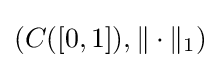
\left(C([0,1]),\|\cdot \|_{1}\right)